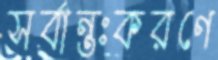
সর্বান্তঃকরণে